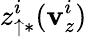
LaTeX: z_{\uparrow\ast}^{i}(\mathbf{v}_{z}^{i})